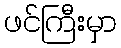
ဖင်ကြီးမှာ